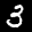
Label: 3